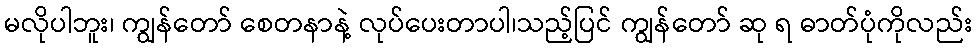
မလိုပါဘူး၊ ကျွန်တော် စေတနာနဲ့ လုပ်ပေးတာပါ၊သည့်ပြင် ကျွန်တော် ဆု ရ ဓာတ်ပုံကိုလည်း